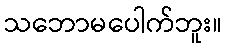
သဘောမပေါက်ဘူး။